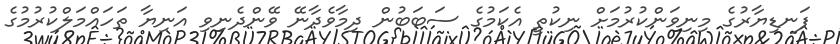
ފަނޑިޔާރުގެ މިނިވަންކުރުމަށް ނިކުތީ އެކަމުގެ ސަބަބުން ދިމާވެދާނޭ ވޭންދެނިވި އަނިޔާ ތަހައްމަލްކުރުމުގެ